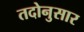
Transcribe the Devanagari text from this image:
तदोनुसार